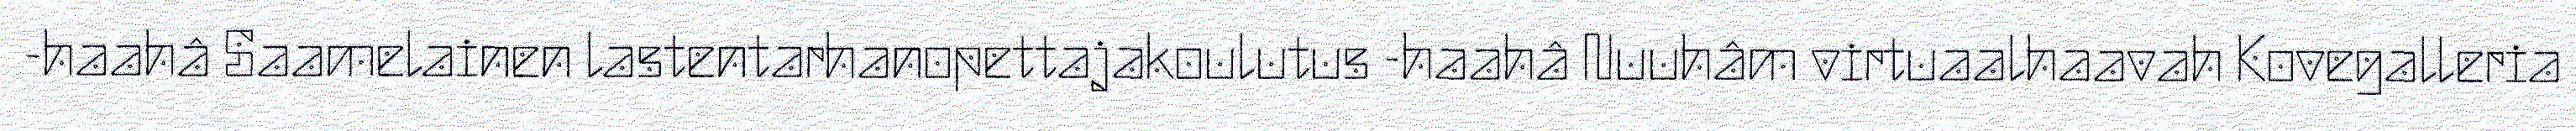
-haahâ Saamelainen lastentarhanopettajakoulutus -haahâ Nuuhâm virtuaalhaavah Kovegalleria